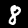
Digit: 8